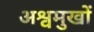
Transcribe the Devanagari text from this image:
अश्वमुखों